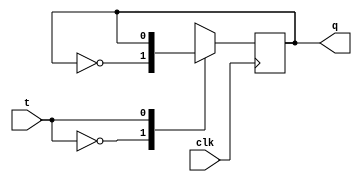
module tflop (t, clk, q);

    input t, clk;
    output reg q;

always @(posedge clk ) begin
    
    case(t)

        1'b0 : q <= ~q;
        1'b1 : q <= q;

    endcase
    
end
    
endmodule